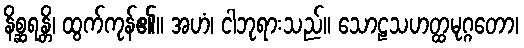
နိစ္ဆရန္တိ၊ ထွက်ကုန်၏။ အဟံ၊ ငါဘုရားသည်။ သောဠသဟတ္ထမုဂ္ဂတော၊